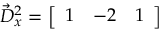
{ \vec { D } } _ { x } ^ { 2 } = { \left[ \begin{array} { l l l } { 1 } & { - 2 } & { 1 } \end{array} \right] }